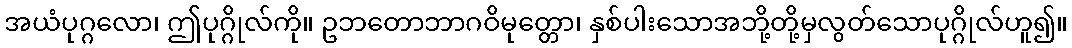
အယံပုဂ္ဂလော၊ ဤပုဂ္ဂိုလ်ကို။ ဥဘတောဘာဂဝိမုတ္တော၊ နှစ်ပါးသောအဘို့တို့မှလွတ်သောပုဂ္ဂိုလ်ဟူ၍။